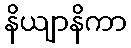
နိယျာနိကာ